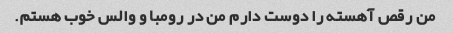
من رقص آهسته را دوست دارم من در رومبا و والس خوب هستم.